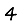
Digit: 4